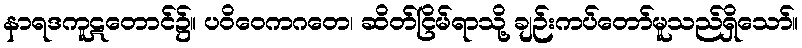
နာရဒကူဋတောင်၌။ ပဝိဝေကဂတေ၊ ဆိတ်ငြိမ်ရာသို့ ချဉ်းကပ်တော်မူသည်ရှိသော်။